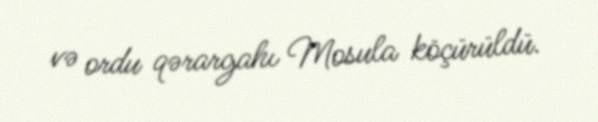
və ordu qərargahı Mosula köçürüldü.